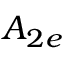
A _ { 2 e }